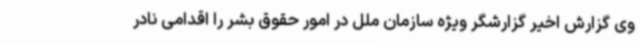
وی گزارش اخیر گزارشگر ویژه سازمان ملل در امور حقوق بشر را اقدامی نادر